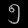
Digit: ၅